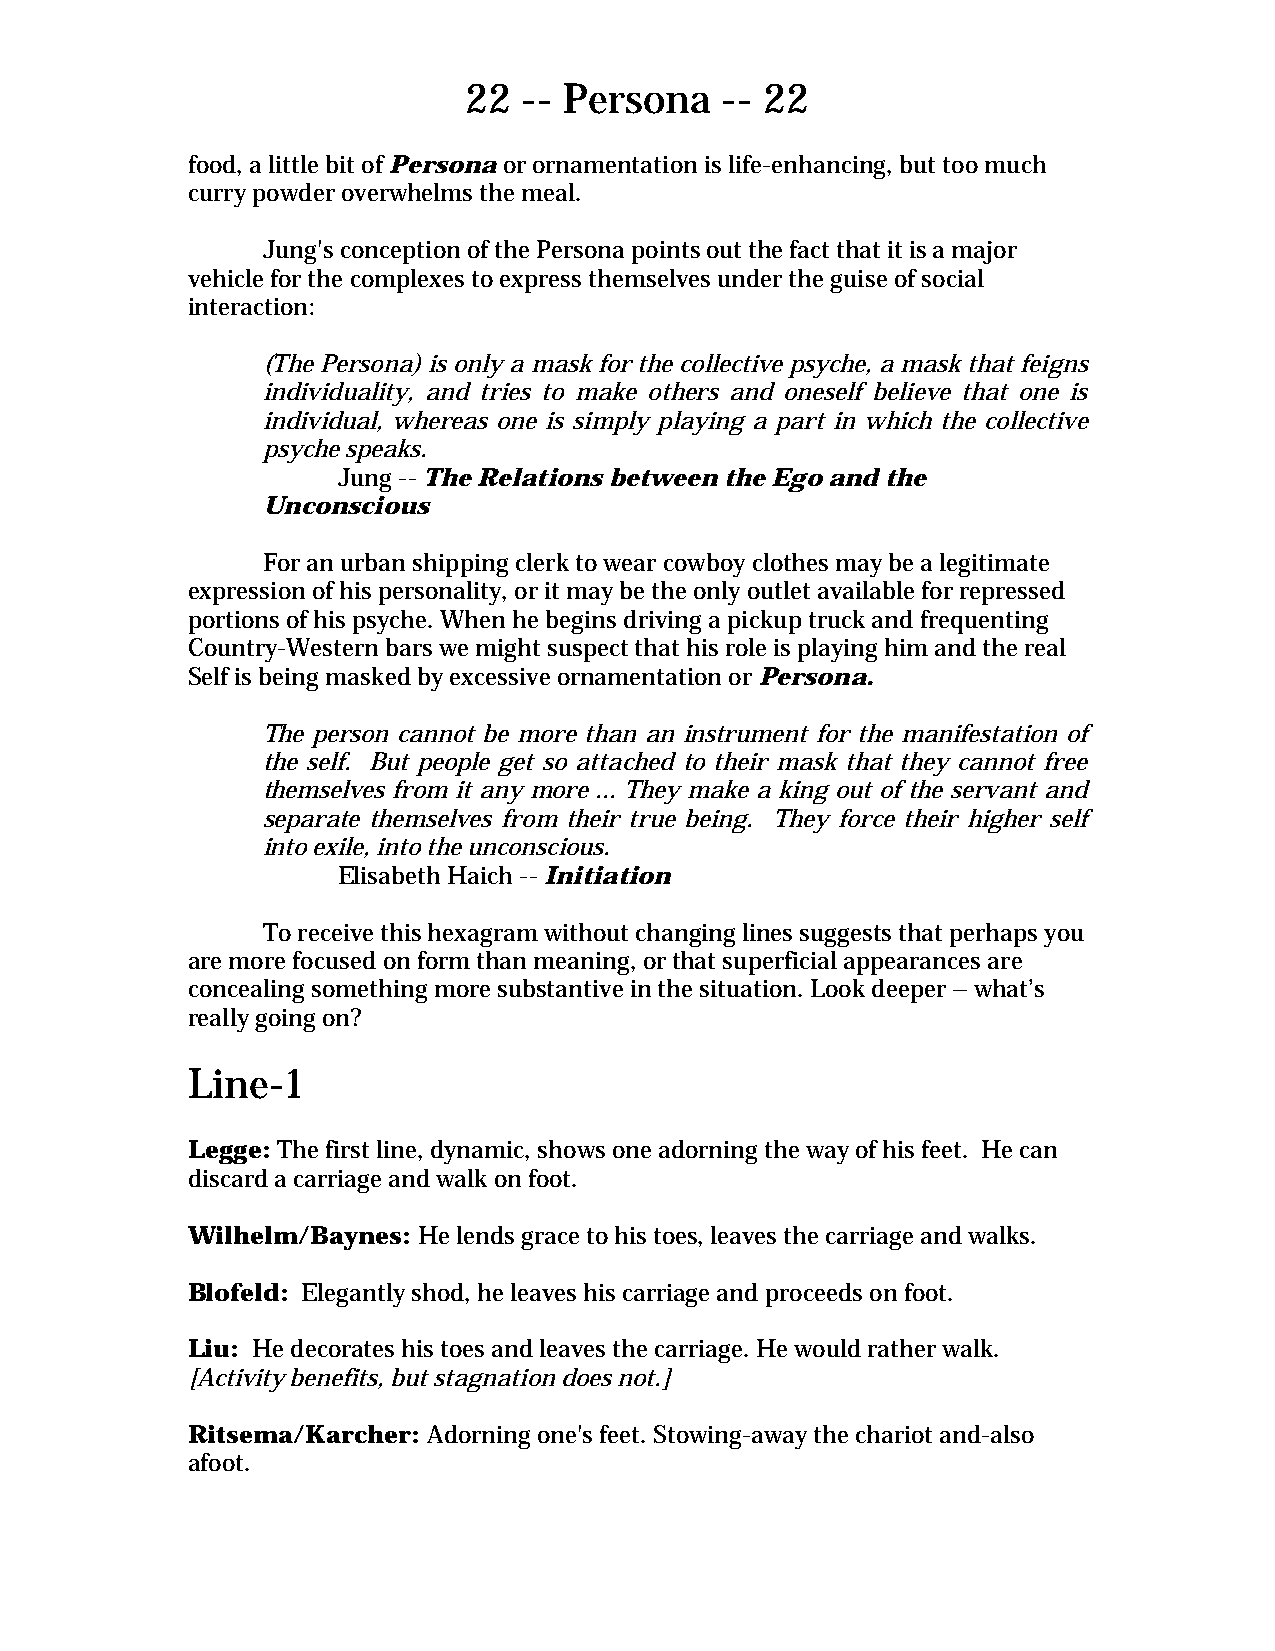
22  -- Persona   -- 22
 food, a little bit of Persona or ornamentation is life-enhancing, but too much
 curry powder overwhelms the meal.
 Jung's conception of the Persona points out the fact that it is a major
 vehicle for the complexes to express themselves under the guise of social
 interaction:
 (The Persona) is only a mask for the collective psyche, a mask that feigns
 individuality, and tries to make others and oneself believe that one is
 individual, whereas one is simply playing a part in which the collective
 psyche speaks.
 Jung -- The Relations between the Ego and the
 Unconscious
 For an urban shipping clerk to wear cowboy clothes may be a legitimate
 expression of his personality, or it may be the only outlet available for repressed
 portions of his psyche. When he begins driving a pickup truck and frequenting
 Country-Western bars we might suspect that his role is playing him and the real
 Self is being masked by excessive ornamentation or Persona.
 The person cannot be more than an instrument for the manifestation of
 the self. But people get so attached to their mask that they cannot free
 themselves from it any more ... They make a king out of the servant and
 separate themselves from their true being. They force their higher self
 into exile, into the unconscious.
 Elisabeth Haich -- Initiation
 To receive this hexagram without changing lines suggests that perhaps you
 are more focused on form than meaning, or that superficial appearances are
 concealing something more substantive in the situation. Look deeper – what’s
 really going on?
 Line-1
 Legge: The first line, dynamic, shows one adorning the way of his feet. He can
 discard a carriage and walk on foot.
 Wilhelm/Baynes: He lends grace to his toes, leaves the carriage and walks.
 Blofeld: Elegantly shod, he leaves his carriage and proceeds on foot.
 Liu: He decorates his toes and leaves the carriage. He would rather walk.
 [Activity benefits, but stagnation does not.]
 Ritsema/Karcher: Adorning one's feet. Stowing-away the chariot and-also
 afoot.